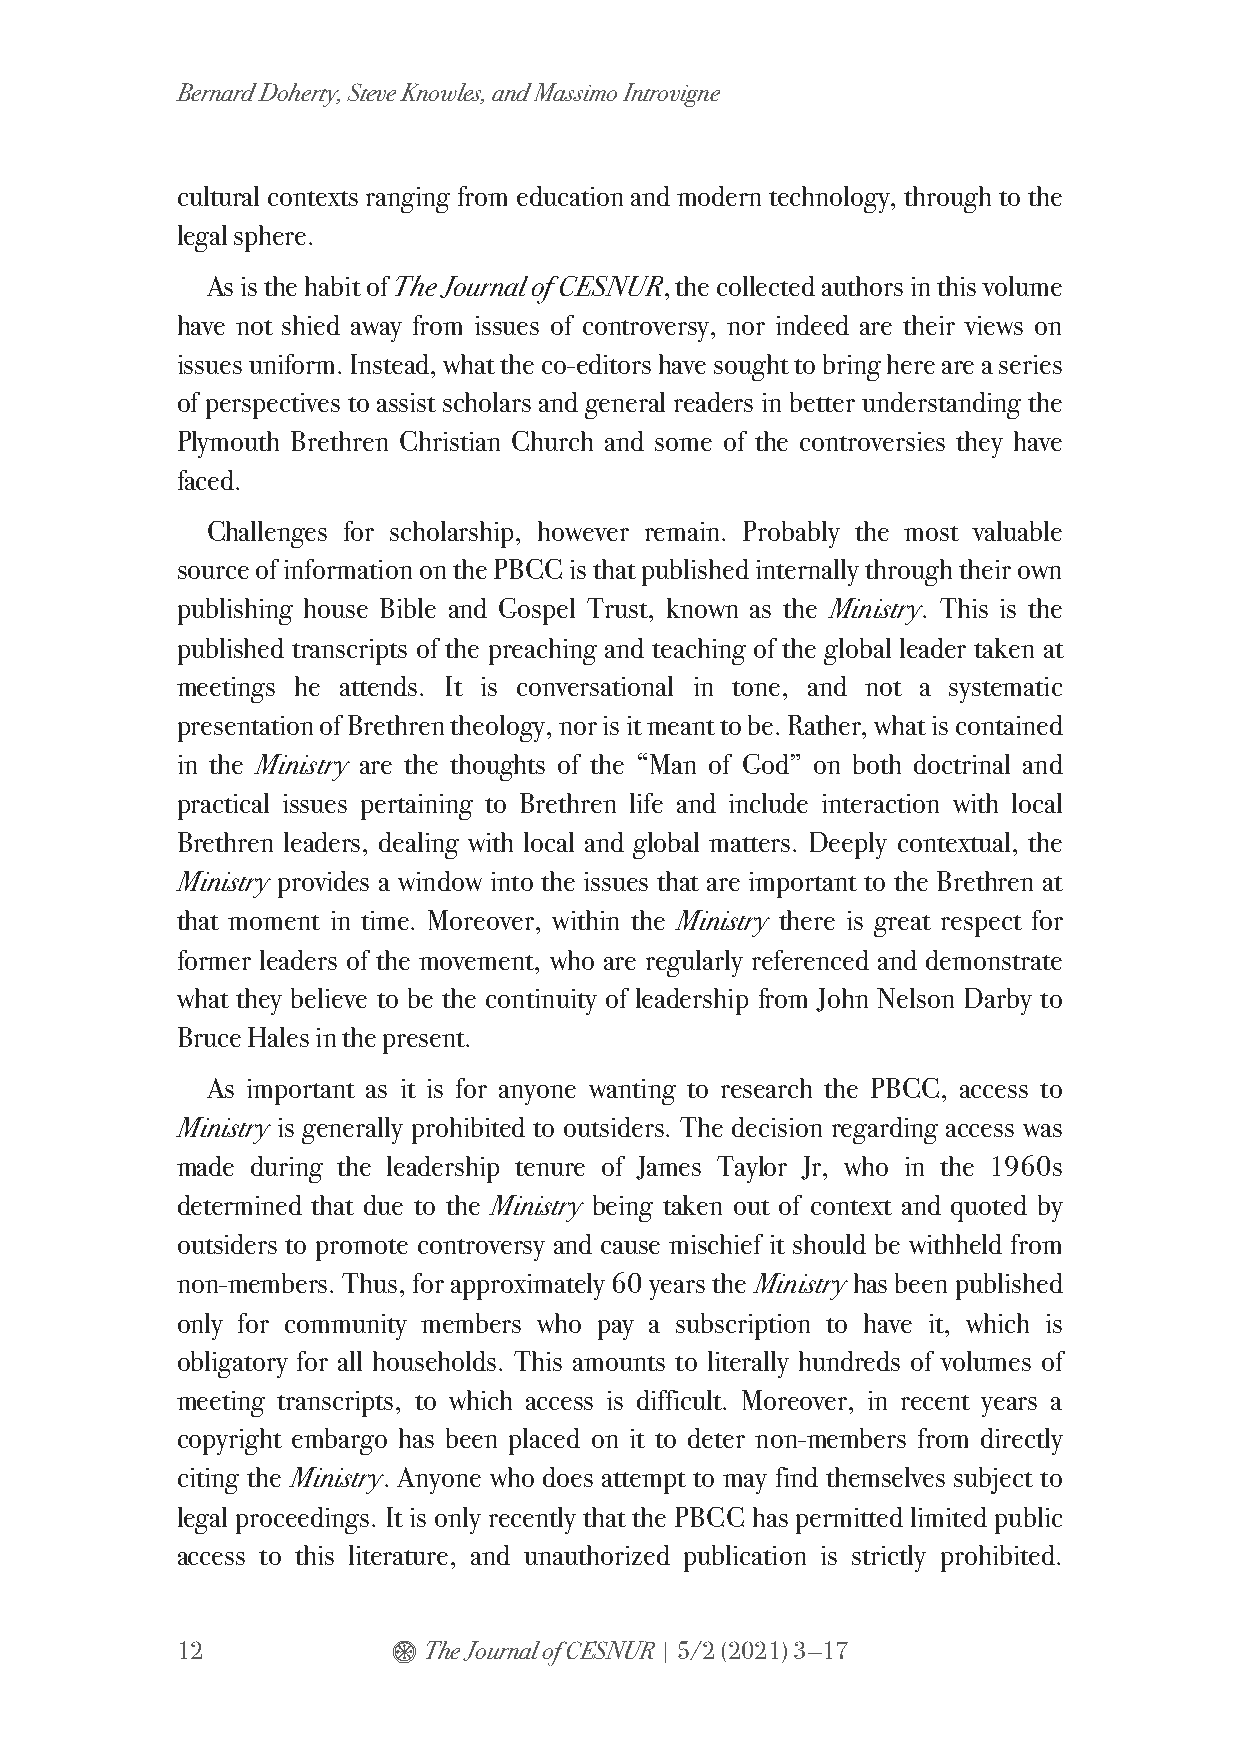
Bernard Doherty, Steve Knowles, and Massimo Introvigne
 cultural contexts ranging from education and modern technology, through to the
 legal sphere.
 As is the habit of The Journal of CESNUR, the collected authors in this volume
 have not shied away from issues of controversy, nor indeed are their views on
 issues uniform. Instead, what the co-editors have sought to bring here are a series
 of perspectives to assist scholars and general readers in better understanding the
 Plymouth Brethren Christian Church and some of the controversies they have
 faced.
 Challenges for scholarship, however remain. Probably the most valuable
 source of information on the PBCC is that published internally through their own
 publishing house Bible and Gospel Trust, known as the Ministry. This is the
 published transcripts of the preaching and teaching of the global leader taken at
 meetings he attends. It is conversational in tone, and not a systematic
 presentation of Brethren theology, nor is it meant to be. Rather, what is contained
 in the Ministry are the thoughts of the “Man of God” on both doctrinal and
 practical issues pertaining to Brethren life and include interaction with local
 Brethren leaders, dealing with local and global matters. Deeply contextual, the
 Ministry provides a window into the issues that are important to the Brethren at
 that moment in time. Moreover, within the Ministry there is great respect for
 former leaders of the movement, who are regularly referenced and demonstrate
 what they believe to be the continuity of leadership from John Nelson Darby to
 Bruce Hales in the present.
 As important as it is for anyone wanting to research the PBCC, access to
 Ministry is generally prohibited to outsiders. The decision regarding access was
 made during the leadership tenure of James Taylor Jr, who in the 1960s
 determined that due to the Ministry being taken out of context and quoted by
 outsiders to promote controversy and cause mischief it should be withheld from
 non-members. Thus, for approximately 60 years the Ministry has been published
 only for community members who pay a subscription to have it, which is
 obligatory for all households. This amounts to literally hundreds of volumes of
 meeting transcripts, to which access is difficult. Moreover, in recent years a
 copyright embargo has been placed on it to deter non-members from directly
 citing the Ministry. Anyone who does attempt to may find themselves subject to
 legal proceedings. It is only recently that the PBCC has permitted limited public
 access to this literature, and unauthorized publication is strictly prohibited.
 12            $ The Journal of CESNUR | 5/2 (2021) 3—17